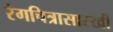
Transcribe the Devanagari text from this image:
रंगचित्रासारखी